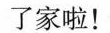
了家啦！